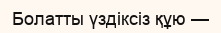
Болатты үздіксіз құю —